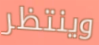
وينتظر